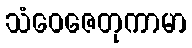
သံဝေဇေတုကာမာ